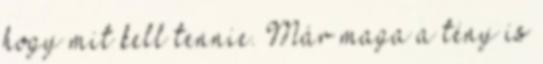
hogy mit kell tennie. Már maga a tény is